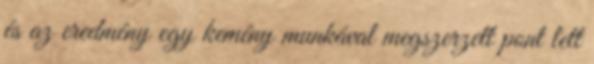
és az eredmény egy kemény munkával megszerzett pont lett